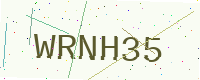
Text: WRNH35